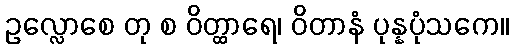
ဥလ္လောစေ တု စ ဝိတ္ထာရေ၊ ဝိတာနံ ပုန္နပုံသကေ။